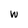
Character: w